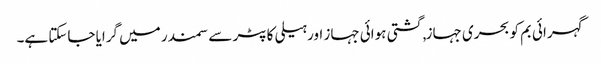
گہرائی بم کو بحری جہاز, گشتی ہوائی جہاز اور ہیلی کاپٹر سے سمندر میں گرایا جاسکتا ہے۔